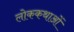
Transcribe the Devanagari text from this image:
लोककथाआें